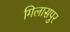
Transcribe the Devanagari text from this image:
गिलासपुर